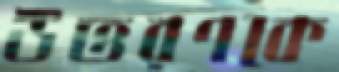
উত্তরণকে